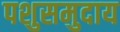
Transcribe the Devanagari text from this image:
पशुसमुदाय